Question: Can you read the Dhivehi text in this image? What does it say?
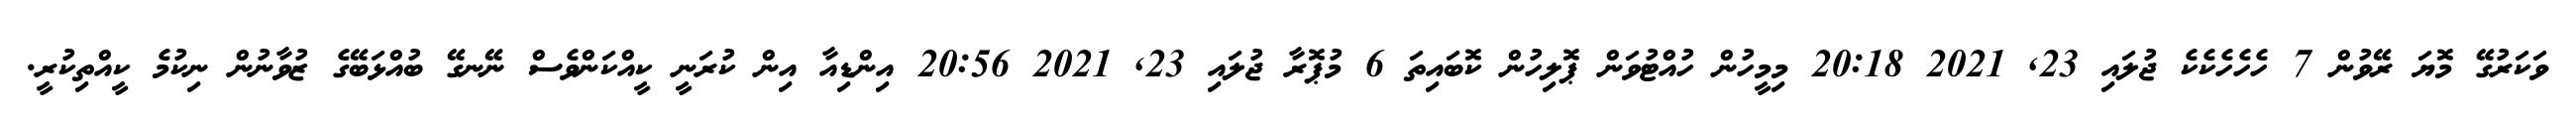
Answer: ވަކަރުގޭ މޮޔަ ރޭވުން 7 ހެހެހެކެކެ ޖުލައި 23, 2021 20:18 މިމީހުން ހުއްޓުވަން ޕޮލިހުން ކޮބައިތަ 6 މުޕޮރާ ޖުލައި 23, 2021 20:56 އިންޑިއާ އިން ކުރަނީ ކީއްކަންވެސް ނޭނގޭ ބުއްޅަބޭގެ ޒުވާނުން ނިކުމެ ކީއްތިކުރީ.